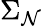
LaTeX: \Sigma_{\mathcal{N}}